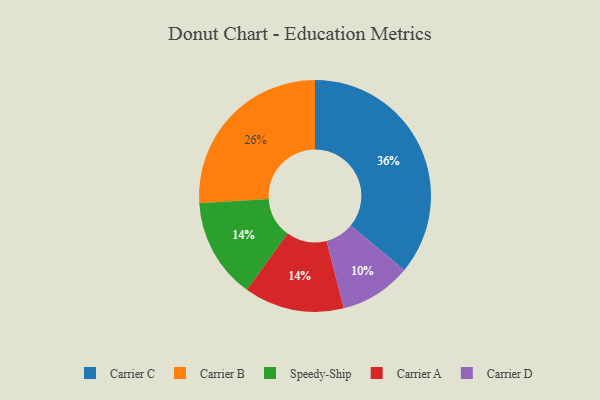
{"axis": {"x": "Category", "y": "Percentage"}, "legend": ["Carrier A", "Carrier B", "Carrier C", "Carrier D", "Speedy-Ship"], "data": [{"x": "Carrier C", "y": 36, "type": "Carrier C"}, {"x": "Speedy-Ship", "y": 14, "type": "Speedy-Ship"}, {"x": "Carrier B", "y": 26, "type": "Carrier B"}, {"x": "Carrier D", "y": 10, "type": "Carrier D"}, {"x": "Carrier A", "y": 14, "type": "Carrier A"}]}